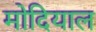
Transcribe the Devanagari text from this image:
मोदियाल